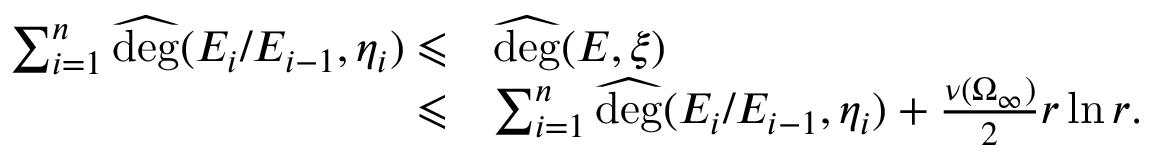
\begin{array} { r l } { \sum _ { i = 1 } ^ { n } \widehat { \mathrm { d e g } } ( E _ { i } / E _ { i - 1 } , \eta _ { i } ) \leqslant } & { \widehat { \mathrm { d e g } } ( E , \xi ) } \\ { \leqslant } & { \sum _ { i = 1 } ^ { n } \widehat { \mathrm { d e g } } ( E _ { i } / E _ { i - 1 } , \eta _ { i } ) + \frac { \nu ( \Omega _ { \infty } ) } { 2 } r \ln r . } \end{array}